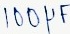
Text: 100µF